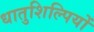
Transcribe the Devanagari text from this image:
धातुशिल्पियों